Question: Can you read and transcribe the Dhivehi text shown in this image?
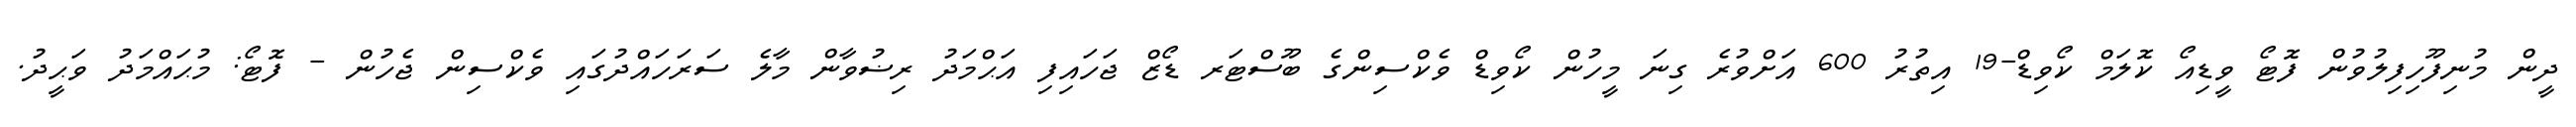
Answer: ދީން މުނިފޫހިފިލުވުން ފޮޓޯ ވީޑިއޯ ކޮލަމް ކޯވިޑް-19 އިތުރު 600 އަށްވުރެ ގިނަ މީހުން ކޯވިޑް ވެކްސިންގެ ބޫސްޓަރ ޑޯޒް ޖަހައިފި އަޙްމަދު ރިޟުވާން މާލެ ސަރަހައްދުގައި ވެކްސިން ޖެހުން - ފޮޓޯ: މުޙައްމަދު ވަޙީދު.